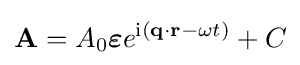
{\textbf {A}}=A_{0}{\boldsymbol {\varepsilon }}e^{\mathrm {i} ({\textbf {q}}\cdot {\textbf {r}}-\omega t)}+C